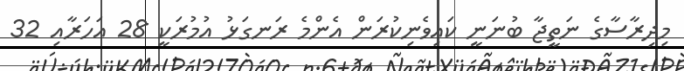
މިދިރާސާގެ ނަތީޖާ ބުނަނީ ކައިވެނިކުރަން އެންމެ ރަނގަޅު އުމުރަކީ 28 އަހަރާއި 32